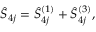
{ \hat { S } } _ { 4 j } = { \hat { S } } _ { 4 j } ^ { ( 1 ) } + { \hat { S } } _ { 4 j } ^ { ( 3 ) } ,